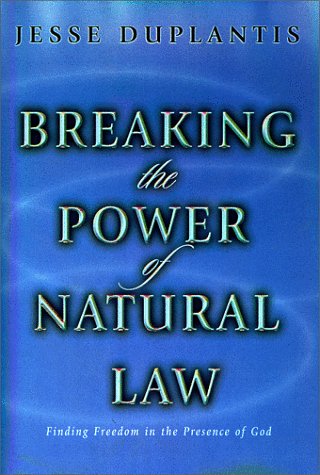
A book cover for Breaking the Power of Natural Law: How to Be Free of Sickness, Disease, Addiction & Depression by Walking in God's Commandments & Abinding in His Pres; Jesse Duplantis; Law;